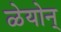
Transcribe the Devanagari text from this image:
ळेयोन्